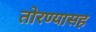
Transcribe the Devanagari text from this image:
तोरण्यासह